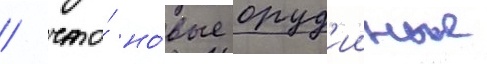
/ что́ но́вые оруд'ииные